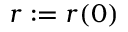
r : = r ( 0 )